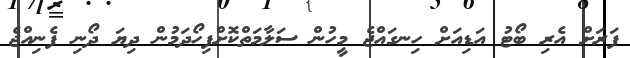
ފަރަށް އެރި ބޯޓު އަޑިއަށް ހިނގައްޖެ މީހުން ސަލާމަތްކޮށްފިހޯދަމުން ދިޔަ ދޯނި ފެނިއްޖެ